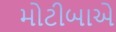
મોટીબાએ